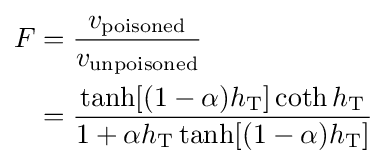
{\begin{aligned}F&={\frac {v_{\rm {poisoned}}}{v_{\rm {unpoisoned}}}}\\&={\frac {\tanh[(1-\alpha )h_{\rm {T}}]\coth h_{\rm {T}}}{1+\alpha h_{\rm {T}}\tanh[(1-\alpha )h_{\rm {T}}]}}\end{aligned}}